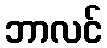
ဘာလင်